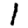
Digit: 1